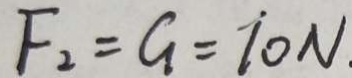
F _ { 2 } = G = 1 0 N .